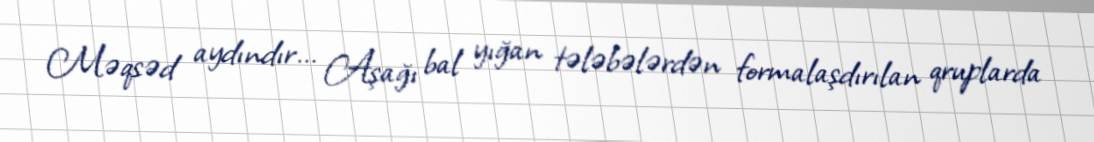
Məqsəd aydındır... Aşağı bal yığan tələbələrdən formalaşdırılan qruplarda